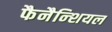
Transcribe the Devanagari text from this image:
फैनैन्शियल